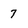
Character: 7